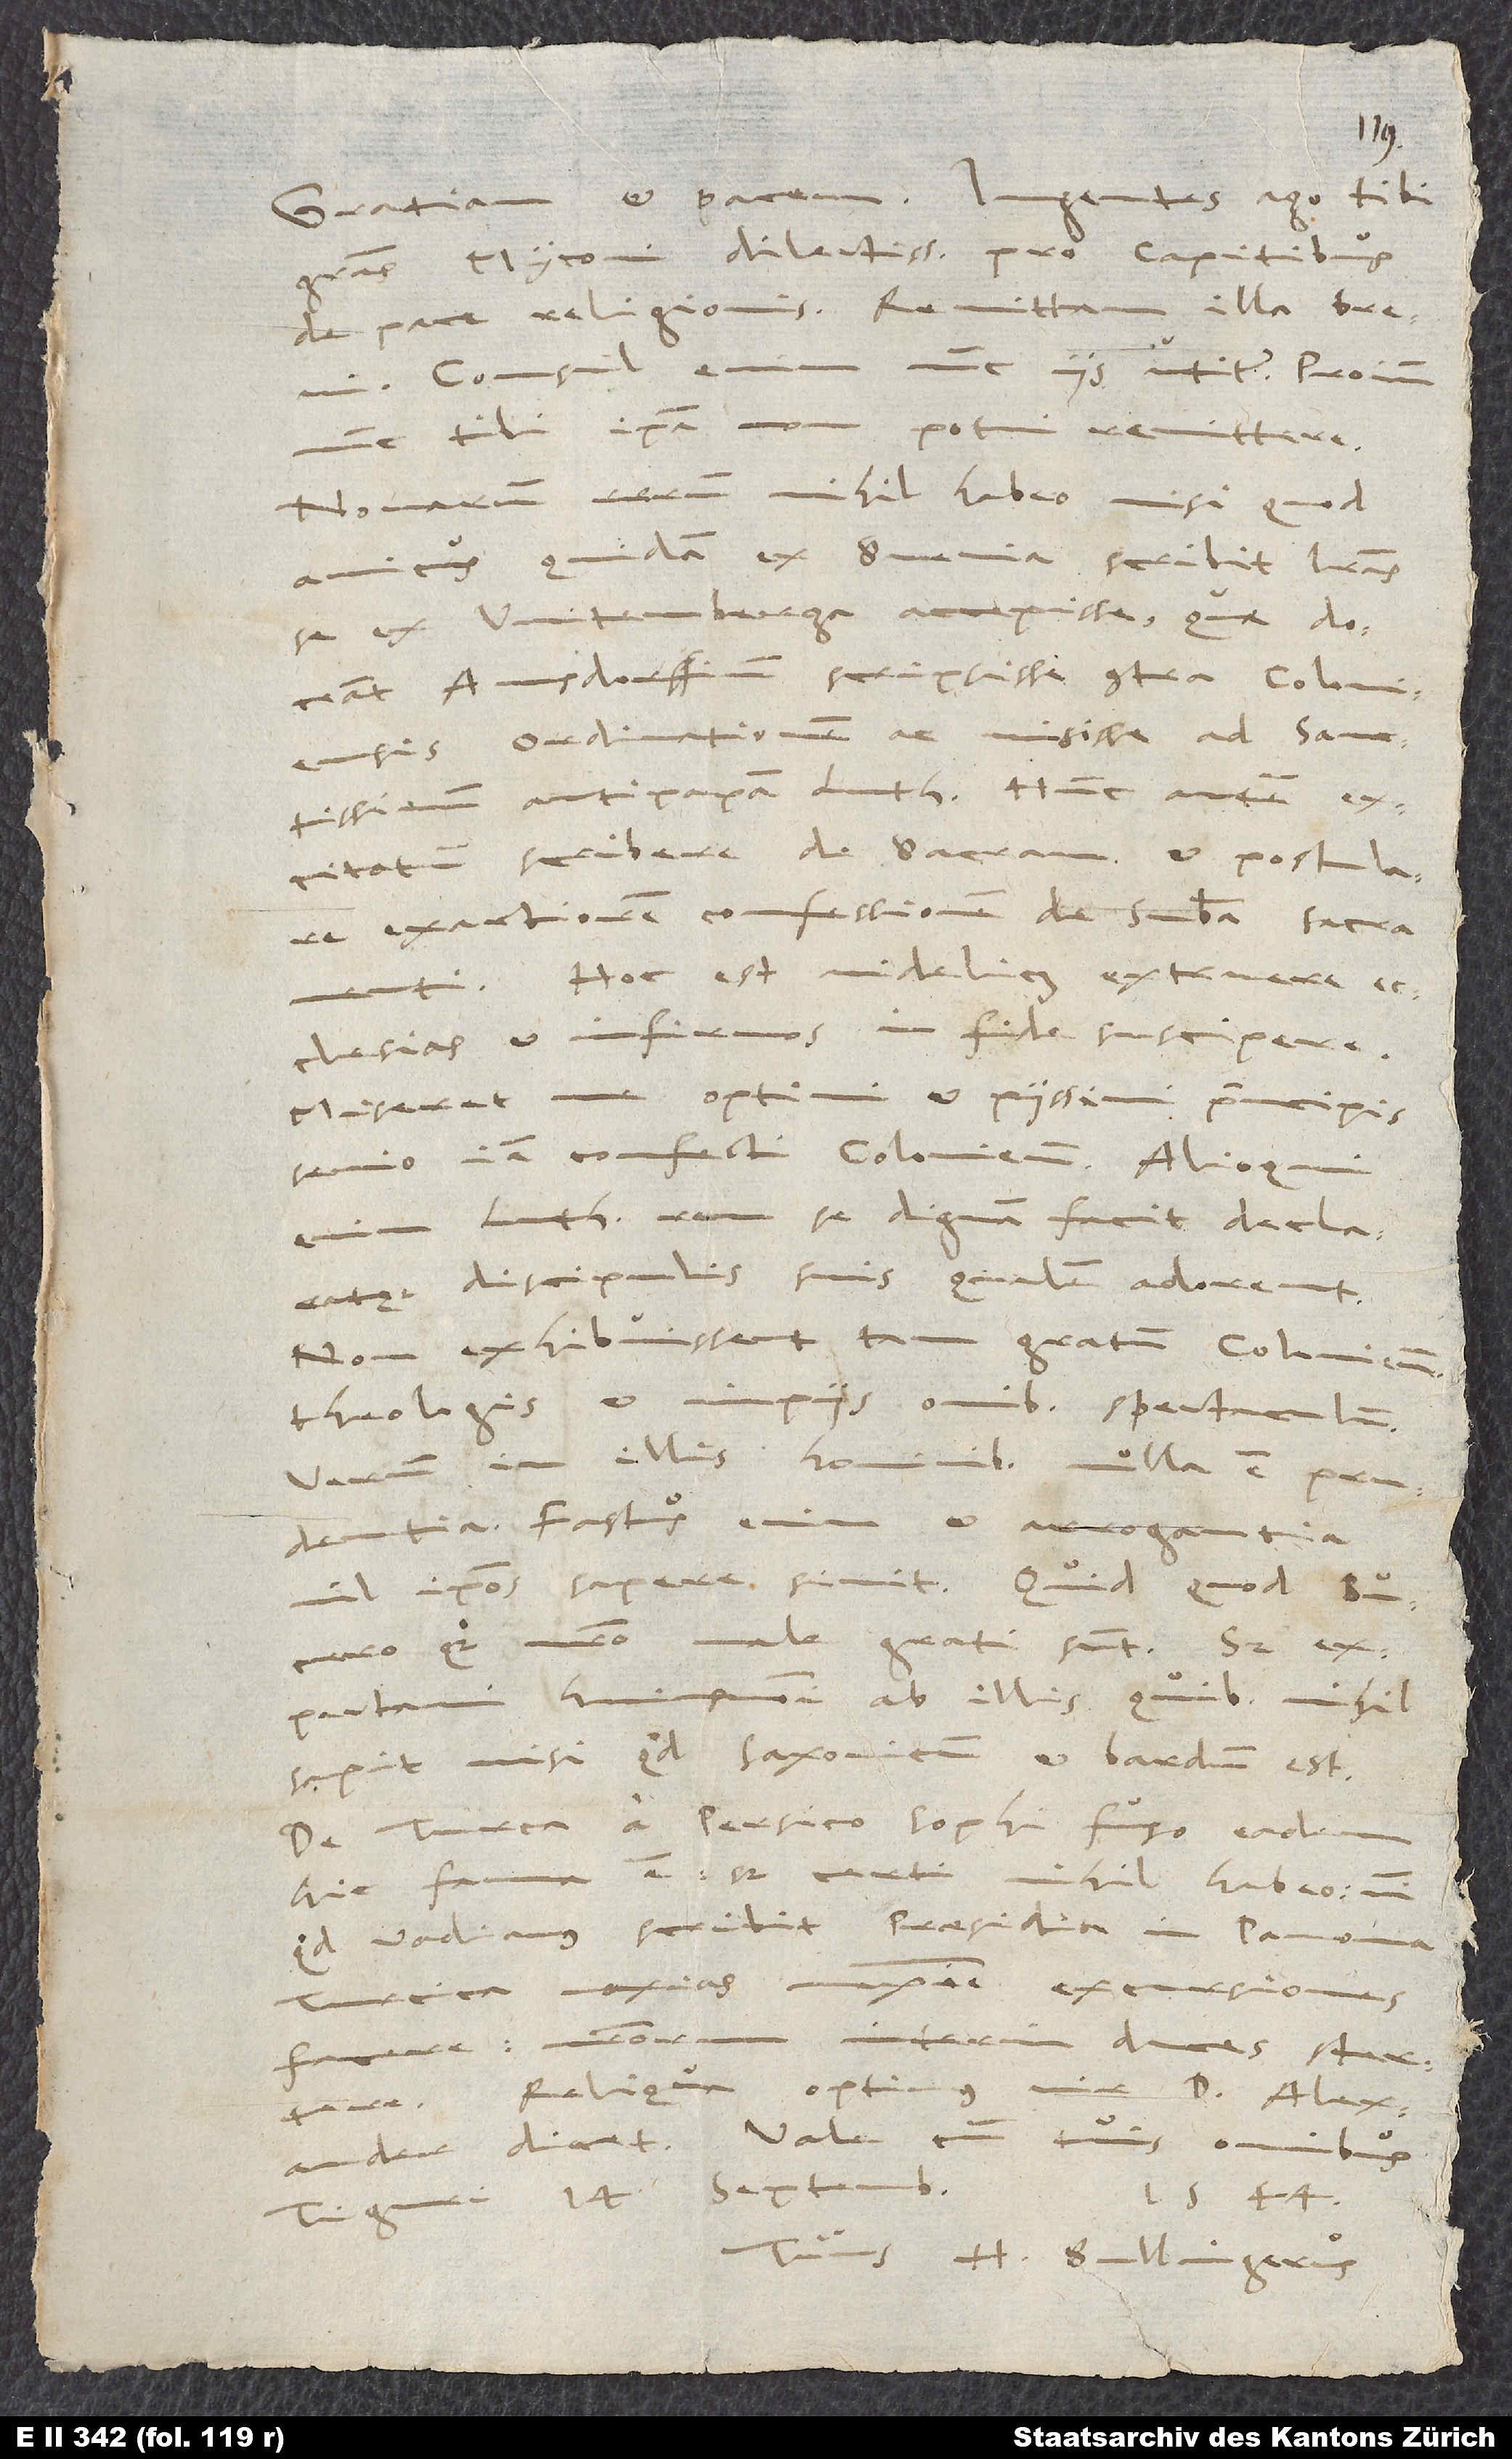
gratias, Myconi dilectissime, pro capitibus
de pace religionis. Remittam illa brevi.
Consul enim nunc iis utitur, proinde
nunc tibi ipsa non potui remittere.
Novarum rerum nihil habeo, nisi quod
amicus quidam ex Svevia scribit literas
se ex Witemberga accepisse, quae doceant
Amsdorffium scripsisse contra Coloniensis
ordinationem ac misisse ad sanctissimum
antipapam Lutherum, hunc autem
excitatum scribere de sacram et postulare
exactiorem confessionem de substantia sacramenti.
Hoc est videlicet extruere
ecclesias et infirmos in fide suscipere!
Miseret me optimi et piissimi principis
senio iam confecti Coloniensis. Alioqui
Lutherus rem se dignam facit declaratque
discipulis suis, qualem adorent;
non exhibuissent tam gratum Coloniensibus
theologis et impiis omnibus spectaculum.
Verum in illis hominibus nulla est prudentia.
Fastus enim et arrogantia
nil ipsos sapere sinit. Quid, quod Bucero
quoque nostro male grati sunt? Sed
expectavi huiusmodi ab illis, quibus nihil
sapit, nisi quod Saxonicum et lardum est.
De Turca a Persico Sophi fuso eadem
hic fama est; sed certi nihil habeo, nisi
quod Vadianus scribit praesidia in Pannonia
Turcica noxias maxime excursiones
facere, nostrorum interim duces stertere.
Reliqua optimus vir d. Alexander
dicet. Vale cum tuis omnibus.
1544.
Tiguri, 14.
Tuus H. Bullingerus.